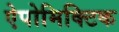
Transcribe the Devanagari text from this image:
ऐपोमिक्टिक